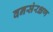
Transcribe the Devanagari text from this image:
वनसंरक्षण